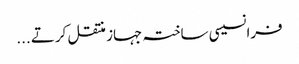
فرانسیسی ساختہ جہاز منتقل کرتے ...